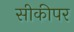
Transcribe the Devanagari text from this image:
सीकीपर